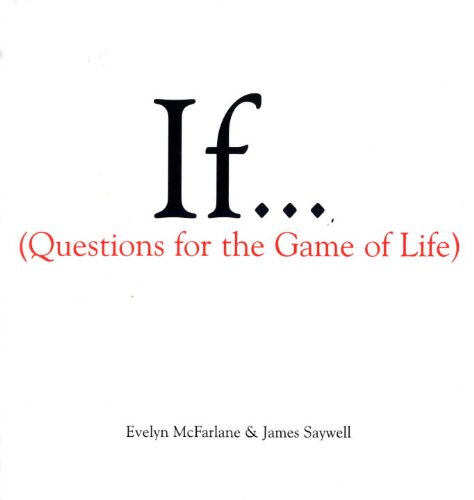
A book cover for If... (Questions For The Game of Life); Evelyn McFarlane; Religion & Spirituality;